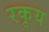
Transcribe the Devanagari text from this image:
रकृय